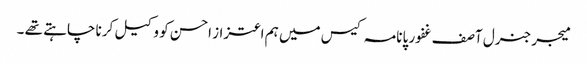
میجر جنرل آصف غفور پانامہ کیس میں ہم اعتزاز احسن کو وکیل کرنا چاہتے تھے ۔